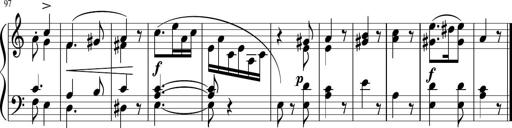
Title: 4 Sonatinas
Composer: Jacob Schmitt